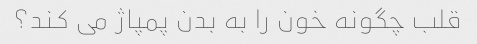
قلب چگونه خون را به بدن پمپاژ می کند؟